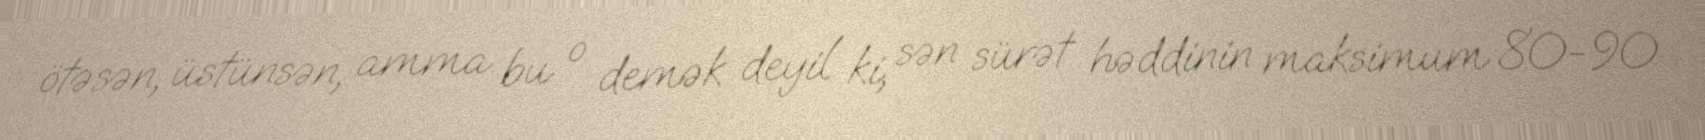
ötəsən, üstünsən, amma bu o demək deyil ki, sən sürət həddinin maksimum 80-90